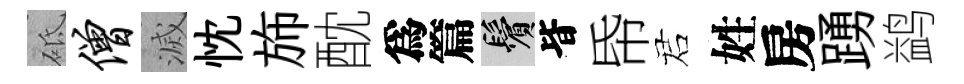
砥僧滅忱斾酖爲篇鬢𣅜帋诺姓房踴鹢